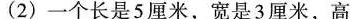
(2)一个长是5厘米，宽是3厘米，高